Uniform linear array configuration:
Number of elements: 24
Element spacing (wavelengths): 0.25
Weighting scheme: blackman
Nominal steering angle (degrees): -60
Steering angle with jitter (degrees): -59.339
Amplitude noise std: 0.05
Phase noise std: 0.05

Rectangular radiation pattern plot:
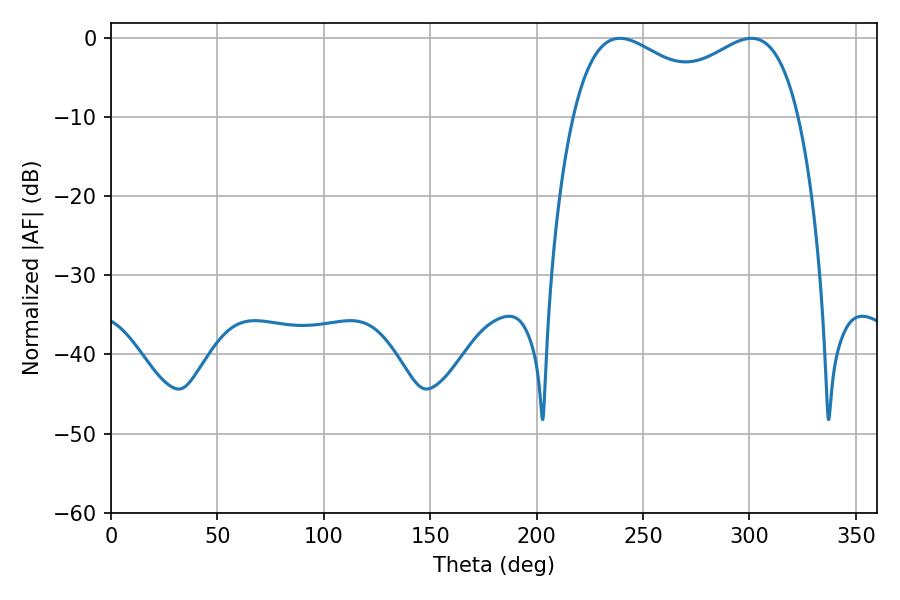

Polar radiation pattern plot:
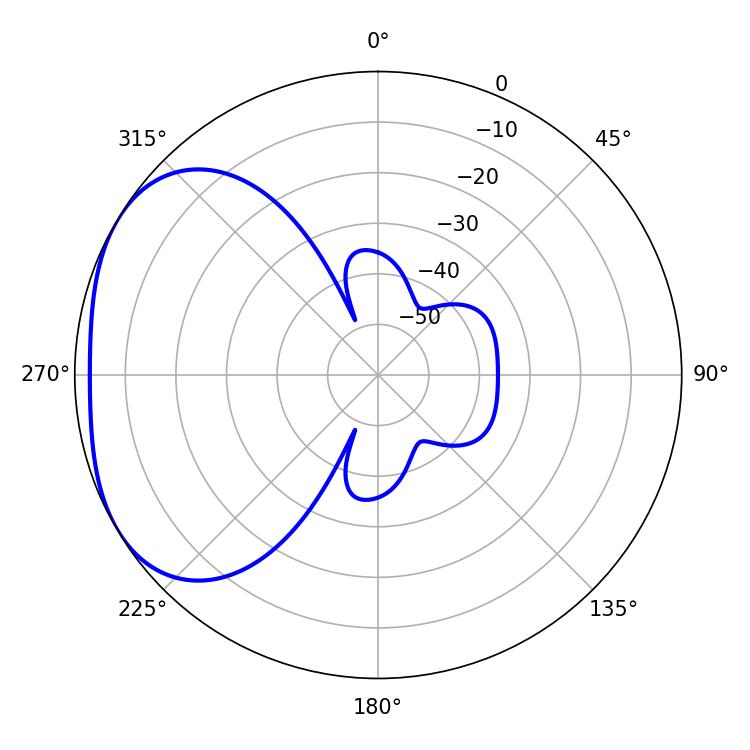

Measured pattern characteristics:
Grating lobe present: FALSE
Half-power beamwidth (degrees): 88.56
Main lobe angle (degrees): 239.04